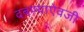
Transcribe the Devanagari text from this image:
दबण्याऐवजी